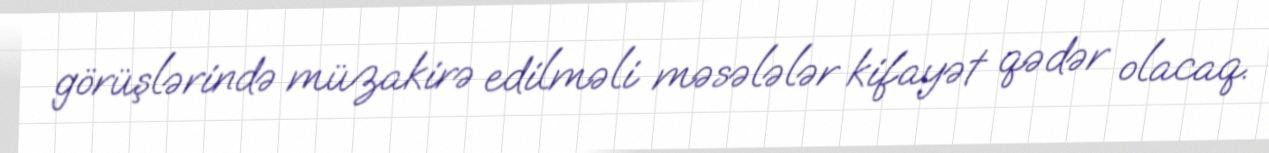
görüşlərində müzakirə edilməli məsələlər kifayət qədər olacaq.